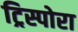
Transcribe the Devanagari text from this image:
ट्रिस्पोरा